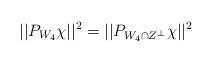
LaTeX: \begin{align*}||P_{W_4}\chi||^2=||P_{W_4\cap Z^{\perp}}\chi||^2\end{align*}